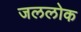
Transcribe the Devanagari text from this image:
जललोक